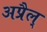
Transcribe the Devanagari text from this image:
अप्रैल्